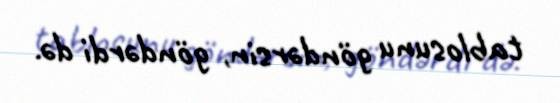
tablosunu göndərsin, göndərdi də.